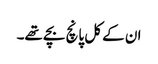
ان کے کل پانچ بچے تھے۔